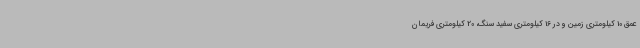
عمق 10 کیلومتری زمین و در 16 کیلومتری سفید سنگ، 20 کیلومتری فریمان